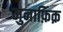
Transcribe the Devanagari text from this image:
मुनाफ़िक़